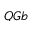
Q G b